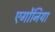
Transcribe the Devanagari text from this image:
एर्गोनिया